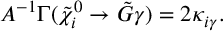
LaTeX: { \cal A } ^ { - 1 } \Gamma ( \tilde { \chi } _ { i } ^ { 0 } \rightarrow \tilde { G } \gamma ) = 2 \kappa _ { i \gamma } .